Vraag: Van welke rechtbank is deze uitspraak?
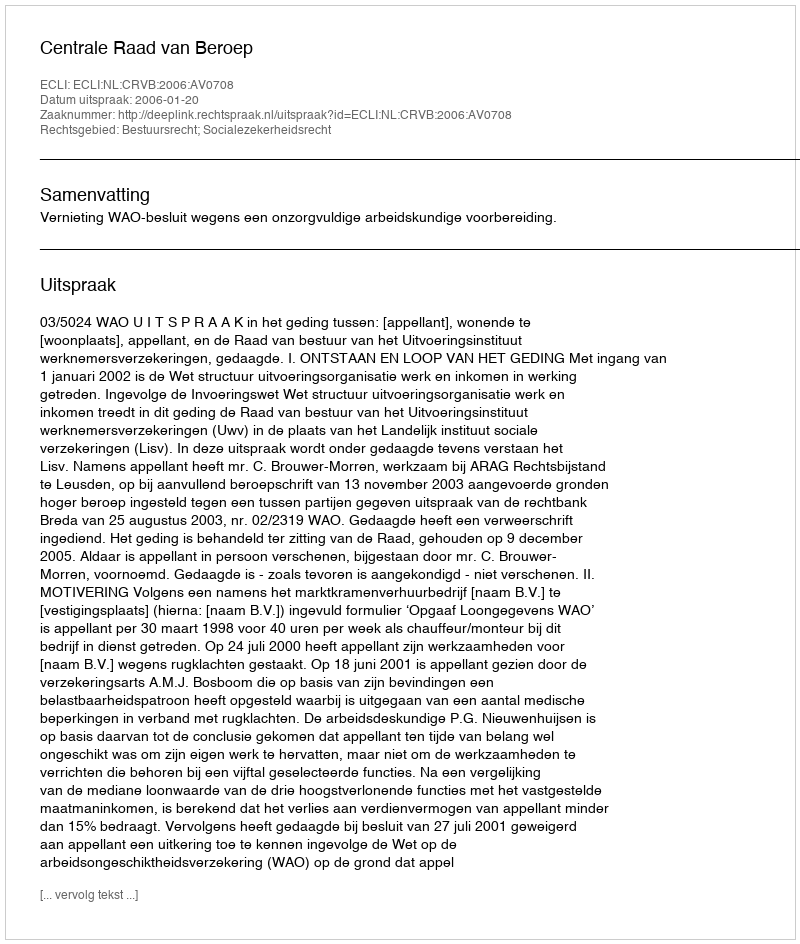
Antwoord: Centrale Raad van Beroep